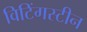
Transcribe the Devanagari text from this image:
विटिंगस्टीन